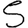
Digit: 5